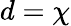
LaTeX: d=\chi